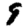
Digit: 9